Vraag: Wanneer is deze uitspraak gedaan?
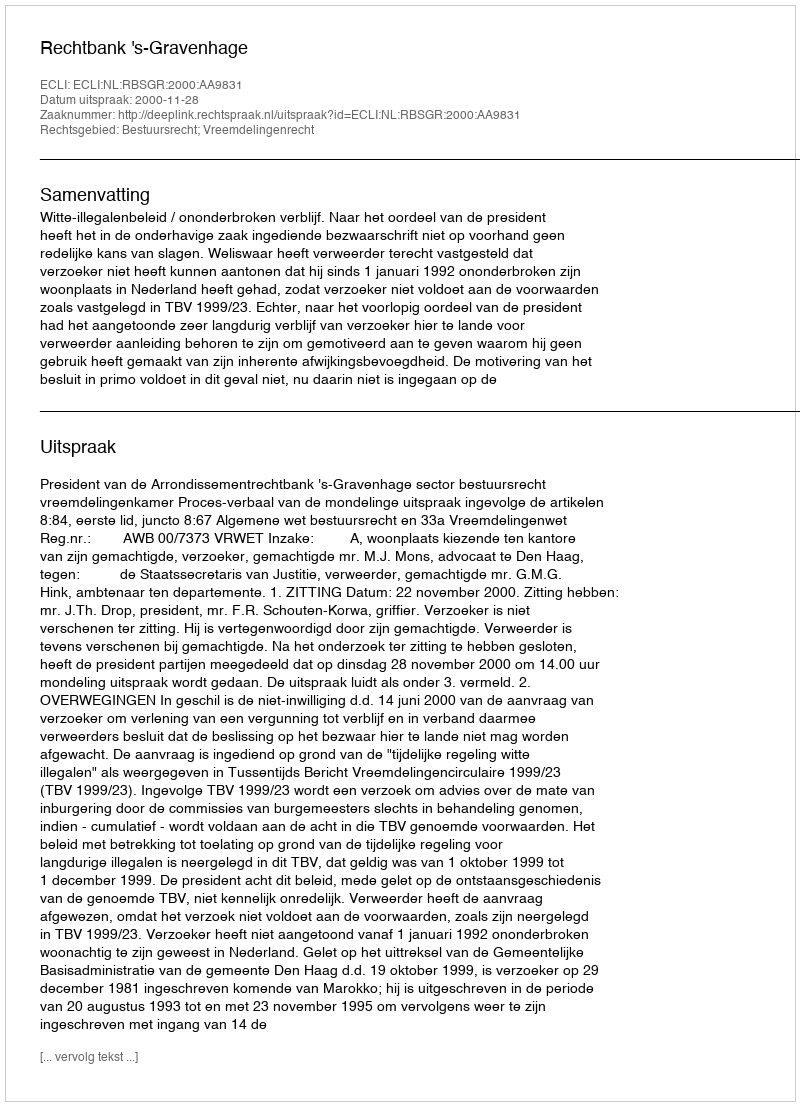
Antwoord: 2000-11-28